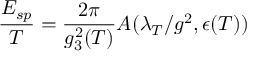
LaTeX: \frac { E _ { s p } } { T } = \frac { 2 \pi } { g _ { 3 } ^ { 2 } ( T ) } A ( \lambda _ { T } / g ^ { 2 } , \epsilon ( T ) )